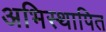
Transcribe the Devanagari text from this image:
अभिस्थापित